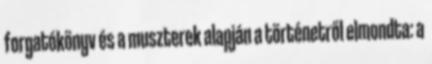
forgatókönyv és a muszterek alapján a történetről elmondta: a